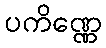
ပကိဏ္ဏေ